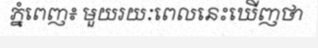
ភ្នំពេញ៖ មួយរយៈពេលនេះឃើញថា